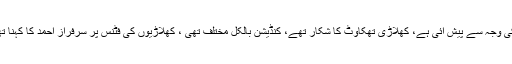
پاکستان کو نیوزی لینڈ کے خلاف ون ڈے سیریز میں مشکل بیٹسمینوں کی وجہ سے پیش آئی ہے، کھلاڑی تھکاوٹ کا شکار تھے، کنڈیشن بالکل مختلف تھی ، کھلاڑیوں کی فٹنس پر سرفراز احمد کا کہنا تھا کہ مسلسل کرکٹ کی وجہ سے کھلاڑیوں کی فٹنس متاثر ہو رہی ہے۔